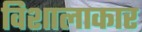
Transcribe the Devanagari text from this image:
विशालाकार